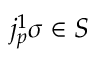
j _ { p } ^ { 1 } \sigma \in S